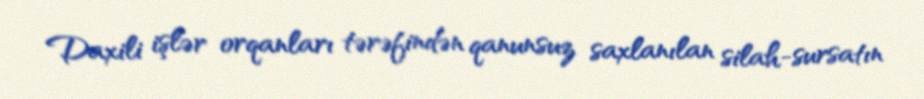
Daxili işlər orqanları tərəfindən qanunsuz saxlanılan silah-sursatın